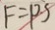
F = P S